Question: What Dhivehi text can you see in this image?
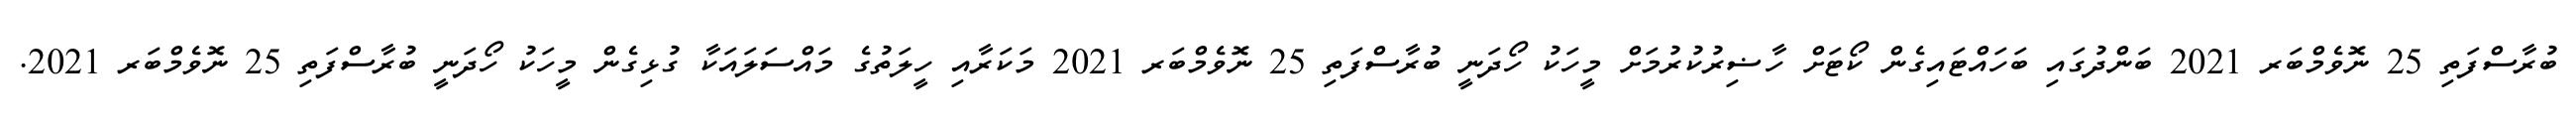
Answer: ބުރާސްފަތި 25 ނޮވެމްބަރ 2021 ބަންދުގައި ބަހައްޓައިގެން ކޯޓަށް ހާޟިރުކުރުމަށް މީހަކު ހޯދަނީ ބުރާސްފަތި 25 ނޮވެމްބަރ 2021 މަކަރާއި ހީލަތުގެ މައްސަލައަކާ ގުޅިގެން މީހަކު ހޯދަނީ ބުރާސްފަތި 25 ނޮވެމްބަރ 2021.